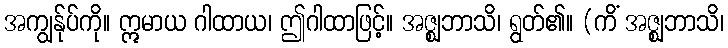
အကျွန်ုပ်ကို။ ဣမာယ ဂါထာယ၊ ဤဂါထာဖြင့်။ အဇ္ဈဘာသိ၊ ရွတ်၏။ (ကိံ အဇ္ဈဘာသိ၊